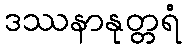
ဒဿနာနုတ္တရံ